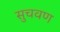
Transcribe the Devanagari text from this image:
सुचवण